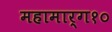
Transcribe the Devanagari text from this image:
महामार्ग१०